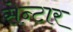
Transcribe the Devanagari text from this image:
सेन्टार